Indian journal of veterinary science and animal husbandry - Volumes 15-17, 1948-1951
Year: 1948
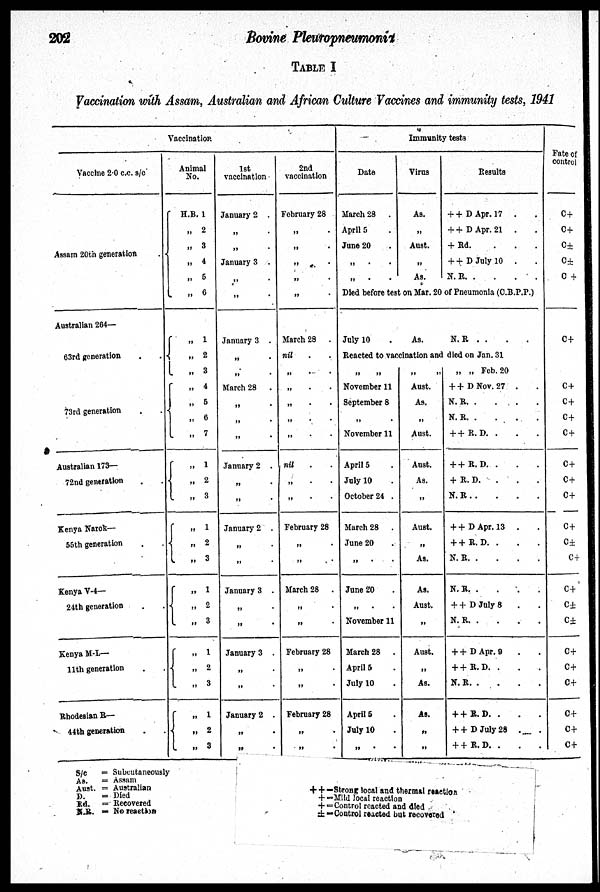
202
Bovine Pleuropneumonix
TABLE I
Vaccination with Assam, Australian and African Culture Vaccines and immunity tests, 1941
Vaccination
Vaccine 2.0 c.c. s/c
Assam 20th generation .
Australian 264—
63rd generation . .
73rd generation . .
Australian 173—
72nd generation . .
Kenya Narok—
55th generation . .
Kenya V-4—
24th generation . .
Kenya M-L—
11th generation . .
Rhodesian R—
44th generation . .
Animal
No.
H.B. 1
„ 2
„ 3
„ 4
„ 5
„ 6
„ 1
„
2
„ 3
„ 4
„ 5
„ 6
„ 7
„
1
„
2
„
3
„ 1
„ 2
„ 3
„ 1
„ 2
„ 3
„ 1
„ 2
„
3
„ 1
„
2
„ 3
1st
vaccination
January 2 .
„ .
„ .
January 3 .
„ .
„ .
January 3 .
„ .
„ .
March 28
.
„ .
„ .
„ .
January 2 .
„ .
„ .
January 2 .
„ .
„ .
January 3 .
„ .
„ .
January 3 .
„
.
„ .
January 2 .
„ .
„
.
2nd
vaccination
February 28
„ .
„ .
„ .
„ .
„ .
March 28
.
nil . .
„
.
.
„ . .
„ . .
„ . .
„ . .
nil . .
„ . .
„
.
.
February 28
„ .
„ .
March 28
.
„
„
.
February 28
„ .
„
.
February 28
„
.
„ .
Immunity tests
Date
March 28
.
April 5 .
June 20 .
„
.
.
„
.
.
Virus
As.
„
Aust.
„
As.
Results
+ +D Apr. 17 . .
+ + D Apr. 21
. .
+ Rd.
.
.
.
+ + D July 10 . .
N. R.
.
.
.
.
Died before test on Mar. 20 of Pneumonia (C.B.P.P.)
July 10 .
As.
N. R . . . .
Reacted to vaccination and died on Jan. 31
„ „
November 11
September 8
„ .
November 11
April 5
July 10
October 24 .
March 28
.
June 20
„
. .
June 20
„ .
November 11
March 28
.
April 5
July 10
April 5
July 10
„
.
.
„ „
Aust.
As.
„
Aust.
Aust.
As.
„
Aust.
„
As.
As.
Aust.
„
Aust.
„
As.
As.
„
„
„ „ Feb. 20
+ + D Nov. 27 . .
N. R
.
.
.
.
N. R
.
.
.
.
+ + R.D. . . .
+ + R.D. . . .
+ R. D.
. . .
N. R . . . . .
+ + D Apr. 13 . .
+ + R. D. . . .
N. R . . . . .
N.R
.
.
.
.
.
+ + D July 8 . .
N.
R.
.
.
.
.
+ + D Apr. 9 . .
+ +R. D . . . .
N. R.
.
.
.
.
+ + R.D. . . .
+ + D July 28 . .
+ + R. D. . . .
Fate of
control
C+
C+
C±
C±
C +
C+
C+
C+
C+
C+
C+
C+
C+
C+
C±
C+
C+
C±
C±
C+
C+
C+
C+
C+
C+
S/c
= Subcutaneously
As.
= Assam
Aust. = Australian
D.
= Died
Rd.
= Recovered
N. R. = No reaction
++=Strong local and thermal reaction
+=Mild local roaction
+= Control reacted and died
±=Control reacted but recovered